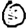
Digit: 0